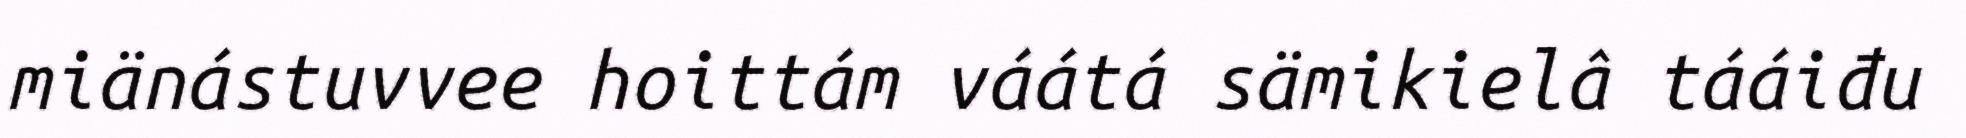
miänástuvvee hoittám váátá sämikielâ tááiđu